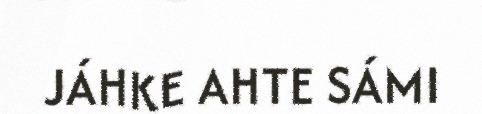
JÁHKE AHTE SÁMI